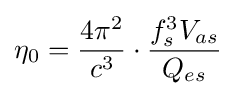
\eta _{0}={\frac {4\pi ^{2}}{c^{3}}}\cdot {\frac {f_{s}^{3}V_{as}}{Q_{es}}}